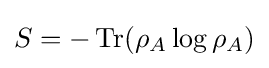
S=-\operatorname {Tr} (\rho _{A}\log \rho _{A})